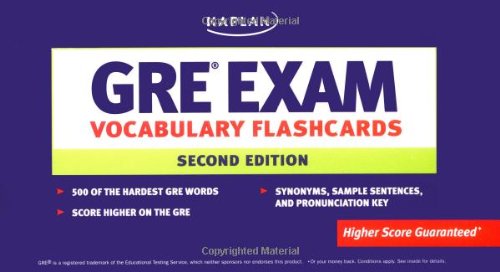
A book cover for GRE Exam Vocabulary Flashcards; Kaplan; Test Preparation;